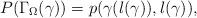
LaTeX: \begin{align*}P(\Gamma_{\Omega}(\gamma))=p(\gamma(l(\gamma)),l(\gamma)),\end{align*}